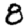
Digit: 8